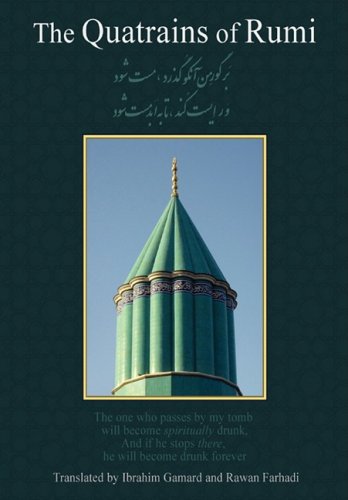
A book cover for The Quatrains of Rumi: Ruba 'Iyat- Jalaluddin Muhammad Balkhi-Rumi; Jalal Al-Din Rumi; Religion & Spirituality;